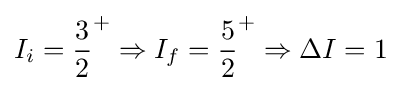
I_{i}={\frac {3}{2}}^{+}\Rightarrow I_{f}={\frac {5}{2}}^{+}\Rightarrow \Delta I=1